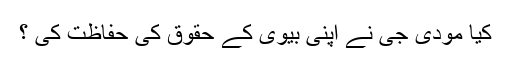
کیا مودی جی نے اپنی بیوی کے حقوق کی حفاظت کی ؟